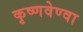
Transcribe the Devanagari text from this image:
कृष्णवेण्वा